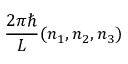
{ \frac { 2 \pi \hbar } { L } } ( n _ { 1 } , n _ { 2 } , n _ { 3 } )